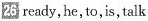
26 ready,he,to,is, talk